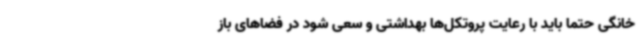
خانگی حتماً باید با رعایت پروتکل‌ها بهداشتی و سعی شود در فضاهای باز